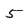
Character: 5